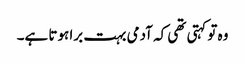
وہ تو کہتی تھی کہ آدمی بہت برا ہوتا ہے۔